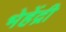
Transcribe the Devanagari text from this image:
भेहेंद्री